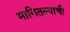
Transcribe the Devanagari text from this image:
मागितल्याची